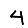
Digit: 4